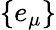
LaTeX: \{ e_{\mu}\}